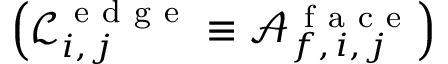
\left( \mathcal { L } _ { i , \, j } ^ { \mathrm { ~ e ~ d ~ g ~ e ~ } } \equiv \mathcal { A } _ { f , \, i , \, j } ^ { \mathrm { ~ f ~ a ~ c ~ e ~ } } \right)